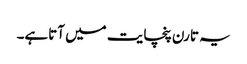
یہ تارن پنچایت میں آتاہے۔